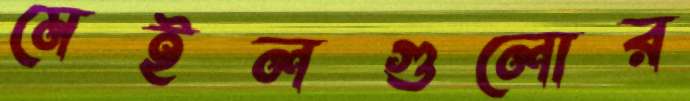
মেইলগুলোর